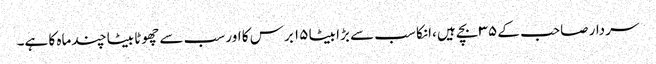
سردار صاحب کے ۳۵ بچے ہیں ،انکا سب سے بڑا بیٹا ۱۵ برس کا اور سب سے چھوٹا بیٹا چند ماہ کا ہے۔